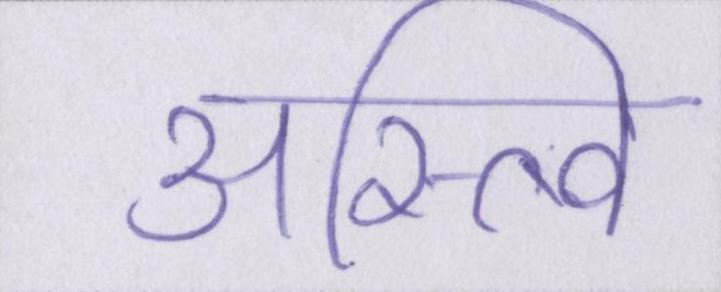
अस्त्वि